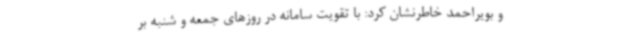
و بویراحمد خاطرنشان کرد: با تقویت سامانه در روزهای جمعه و شنبه بر